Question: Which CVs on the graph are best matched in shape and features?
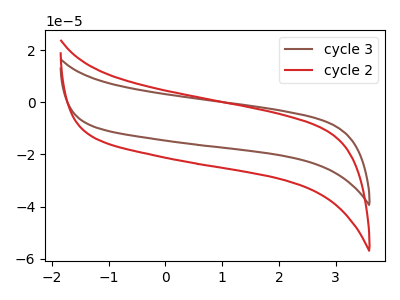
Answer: <think>The brown curve "cycle 3" has no peaks. The red curve "cycle 2" has no peaks.
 Neither "cycle 3" or "cycle 2" have any peaks.</think>
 <answer>"cycle 2" and "cycle 3" have the same shape and are likely CV's of the same chemical.</answer>
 <eval>"cycle 2" "cycle 3"</eval>